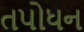
તપોધન